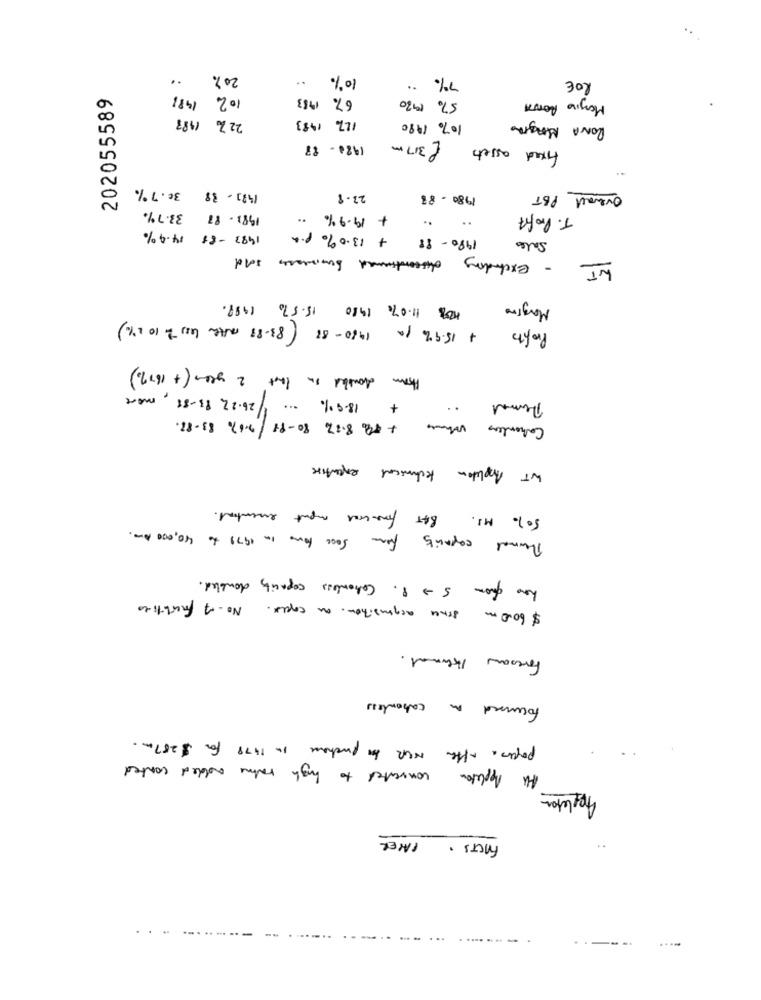
20%
10%
7% ··
ROE
202055589
102 1981
1983
6%
5% 1920
Mario BOTTA
22 7 1988
127 1983
10% 1980
RONA MAGIA
1980- 88
£ 317 m
fixed assets
(483- 38 30.7%
22.8
198 - 83
Overall PBT
1983.87 33.7%
+ 19.9% ..
..
T. Profit
1980-88 + 13.0% p.a.
1483 -88 14.9%
Sales
- Excluding discontinued businesses sold
108 11.07 1980 15.5% 1998.
Margine
1980-88 ( 83-88 master less 2 10 2%)
+ 15.9% pa
Profits
Hran doubled in that 2 years (+167%)
+ 18.9% ... 1/26.22 83-88, more
..
Carentes What + 49 8.370 80-98/9.67 83-88.
WT Appleton technical expertise
50% MS. BAT financial input eventoat.
Thermal capacity from 5000 tom in 1979 to 40,000 Am.
has from 5 - 8. Cohenless capacity doubled.
$ 60.0 m since acquisition an coper. No.of facilities
Foresaw Hermal.
focused on cabonless
paper. after NUR in purchase in 1478 for $287m.
All Appleton converted to high value added conted
Appleton
FACTS . PAYER